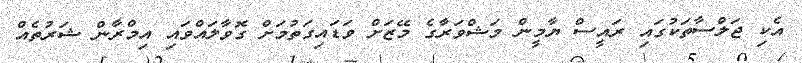
އެކި ޖަލްސާތަކުގައި ރައީސް ޔާމީން މަޝްވަރާގެ މޭޒަށް ވަޑައިގަތުމަށް ގޮވާލައްވައި އިމްރާން ޝަރުތެއް